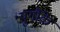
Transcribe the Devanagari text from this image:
युगौंके